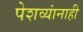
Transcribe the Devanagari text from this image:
पेशव्यांनाही